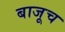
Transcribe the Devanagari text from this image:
बाजूच